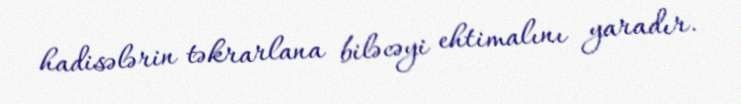
hadisələrin təkrarlana biləcəyi ehtimalını yaradır.